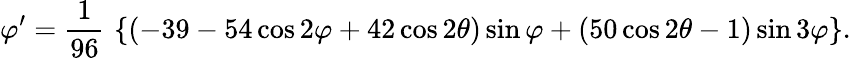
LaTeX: \varphi^{\prime}={\frac{1}{96}}\, \left\{ (-39-54\cos 2\varphi+42\cos 2\theta)\sin\varphi+(50\cos 2\theta-1)\sin 3\varphi\right\} .